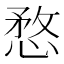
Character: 愗